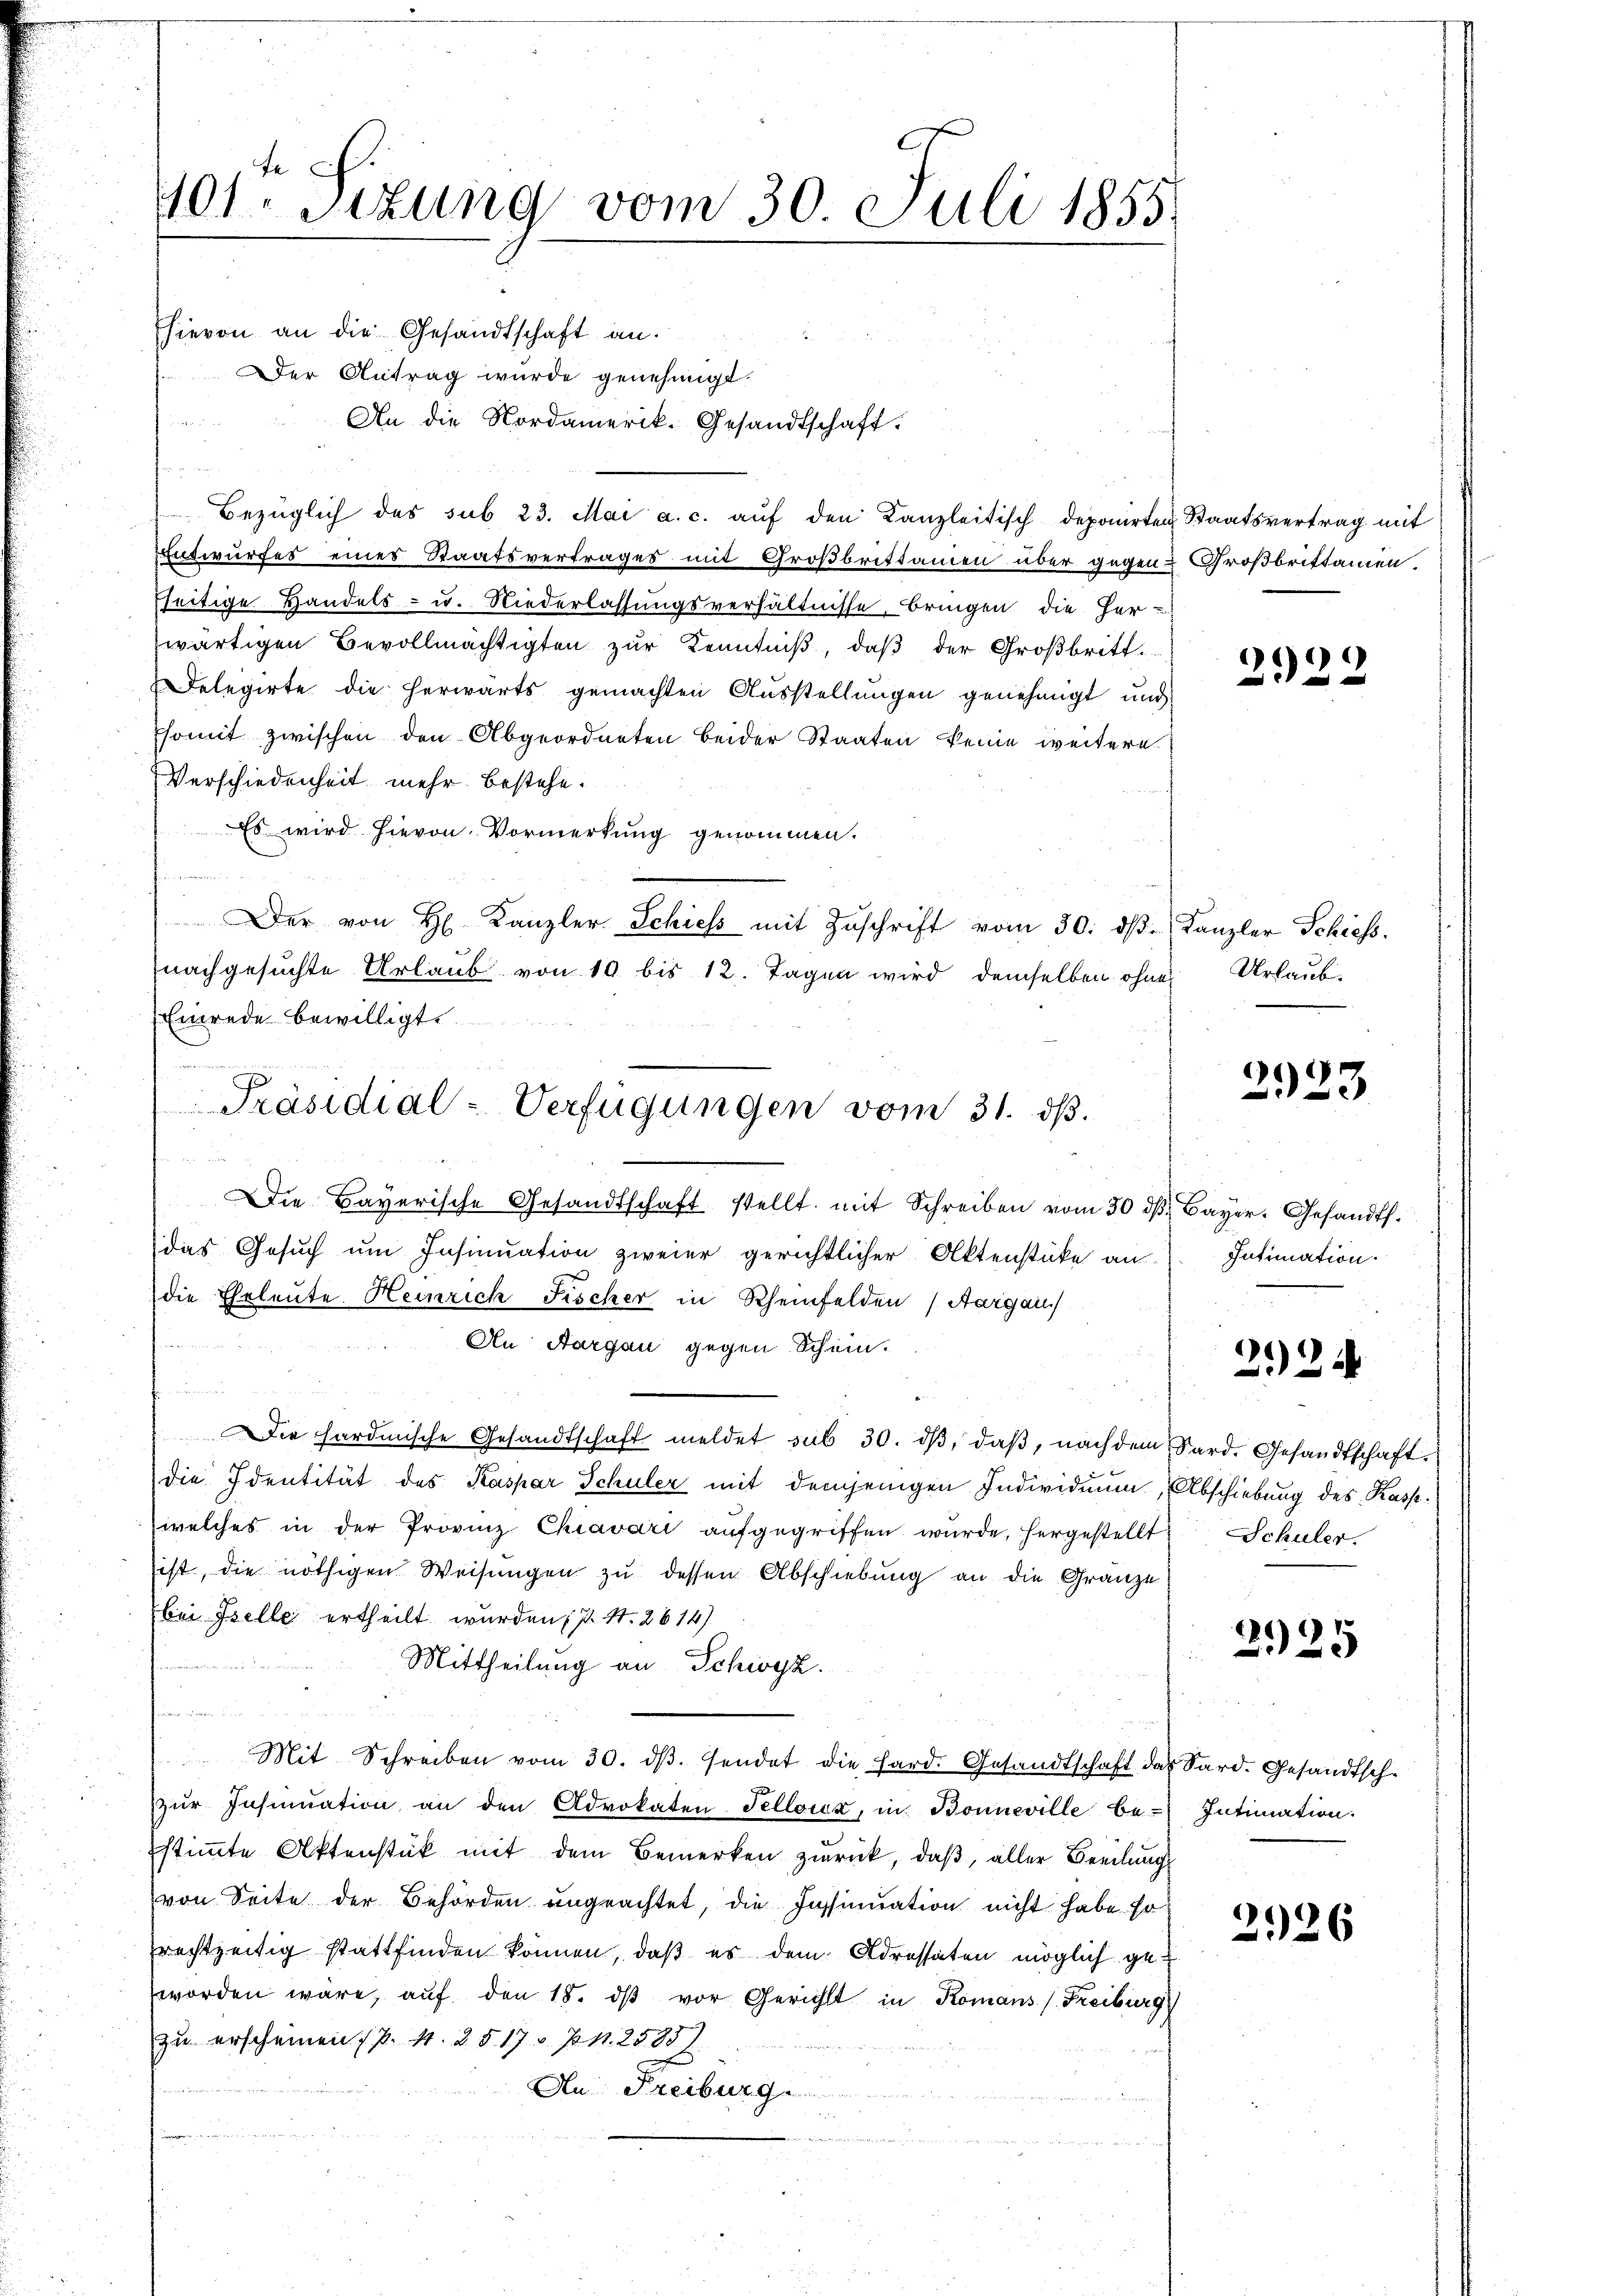
Der Antrag wurde genehmigt.
a
An die Nordamerik. Gesandtschaft.

Bezüglich des sub 23. Mai a. c. aŭf den Kanzleitisch deponirten Staatsvertrag mit
Entwurfes eines Staatsvertrages mit Großbrittanien über gegen:
sseitige Handels- u. Niederlassungsverhältnisse, bringen die Herwärtigen Bevollmächtigten zur Kenntniß, daß der Großbritt¬
Delegirte die herwärts gemachten Ausstellungen genehmigt und
somit zwischen den Abgeordneten beider Staaten keine weitere
Verschiedenheit mehr bestehe.
Es wird hievon Vormerkung genommen.

Der von H Kanzler Schiess mit Zuschrift vom 30. ds.
nachgesuchte Urlaub von 10 bis 12. Tagen wird demselben ohne
.
u
Die Bayerische Gesandtschaft stellt mit Schreiben vom 30. dβ Bayer. Gesandt.
das Gesŭch ŭm Insinuation zweier gerichtlicher Aktenstüke an Intimation
die Ehrleute Heinrich Fischer in Rheinfelden (Aargau

An Aargau gegen Schein.
f
Die hardinische Gesandtschaft meldet sub 30. dβ, daß, nach dem Sard. Gesandtschaftdie Identität des Kaspar Schuler mit demjenigen Individuum, Abschiebung des Kasswelches in der Provinz Chiavari aufgegriffen wurde, hergestellt Schuler,
ist, die nöthigen Weisungen zu dessen Abschiebung an die Gränze
bei Iselle ertheilt wurden (s. S. 2614)
Mittheilung an Schwyz.
n
Mit Schreiben vom 30. dβ. sendet die Hard. Gesandtschaft das Sard. Gesandtsch-
zŭr Insinuation an den Advokaten Telloix, in Bonneville be- Intimation.
stimmte Aktenstück mit dem Bemerken zurück, daß, aller Beeilung
von Seite der Behörden ungeachtet, die Insinuation nicht habe, so
rechtzeitig stattfinden können, daß es dem Adressaten möglich geworden wäre, aŭf den 18. dβ vor Gericht in Komans (Freiburg
zu erscheinen P. 11. 2517, Z n. 25881
An Freiburg.
t
u
Sanen der menseren der

401. Sizung vom 30. Juli 1855.

hievon an die Gesandtschaft an.

Einrede bewilligt.
Präsidial-Verfügungen vom 31. ds.

Großbrittamen.

2922

Kanzler Schiess.
Urlaub.

2923

212

2925

2926